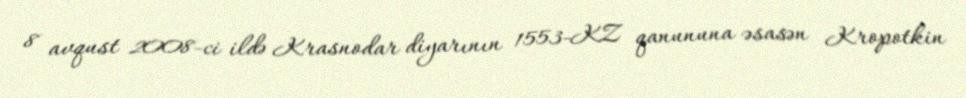
8 avqust 2008-ci ildə Krasnodar diyarının 1553-KZ qanununa əsasən Kropotkin